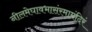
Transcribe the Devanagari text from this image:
नीलमेघावभासंरमामंदिरं